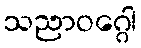
သညာဝဂ္ဂေါ